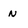
Character: n